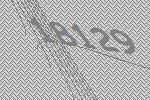
18129